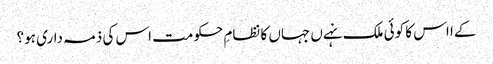
کےا اس کا کوئی ملک نہےں جہاں کا نظامِ حکومت اس کی ذمہ داری ہو؟